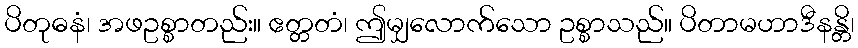
ပိတုဓနံ၊ အဖဥစ္စာတည်း။ ဧတ္တတံ၊ ဤမျှလောက်သော ဥစ္စာသည်။ ပိတာမဟာဒီနန္တိ၊